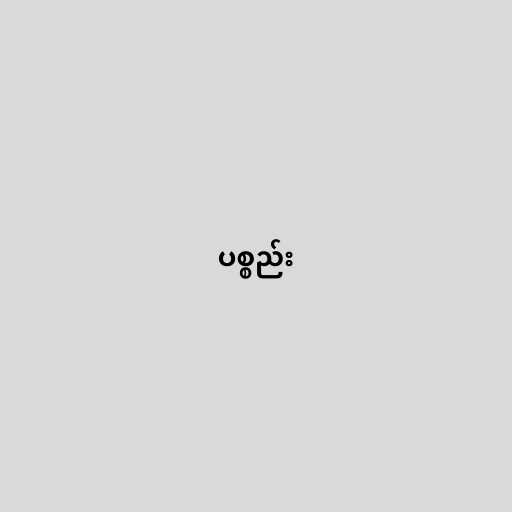
ပစ္စည်း